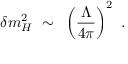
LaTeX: \delta m _ { H } ^ { 2 } ~ \sim ~ \left( { \frac { \Lambda } { 4 \pi } } \right) ^ { 2 } ~ .